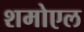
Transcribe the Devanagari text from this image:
शमोएल